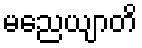
မညေယျာတိ